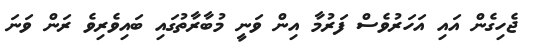
ޖެހިގެން އައި އަހަރުވެސް ފަރުމާ އިން ވަނީ މުބާރާތުގައި ބައިވެރިވެ ރަން ވަނަ